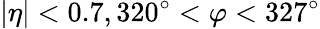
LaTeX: |\eta|<0.7,320^{\circ}<\varphi<327^{\circ}